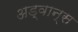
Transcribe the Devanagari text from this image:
अड्वान्स